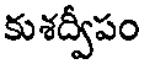
కుశద్వీపం